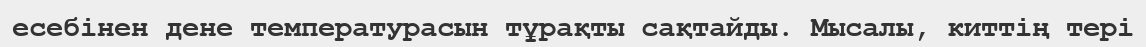
есебінен дене температурасын тұрақты сақтайды. Мысалы, киттің тері